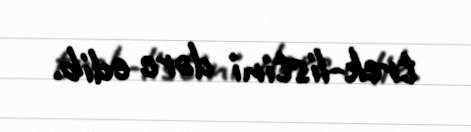
trek-listini dərc edib.